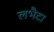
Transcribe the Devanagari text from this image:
लभैटा